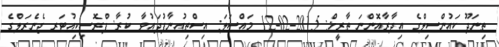
ތިނަދޫ ކައުންސިލްގެ އިދާރާއޮންނަ ތާރީޚް: 2015-02-12 މައްސަލަ: އިސްތިއުނާފުދައުވާ ކުރާ: ޕްރޮސިކިއުޓަރ ޖެނެރަލްގެ